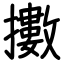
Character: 擻